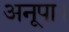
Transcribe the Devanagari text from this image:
अनूपा।